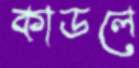
কাডলে